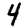
Digit: 4